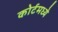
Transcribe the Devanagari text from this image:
कोर्टमध्ये